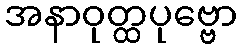
အနာဝုတ္ထပုဗ္ဗော